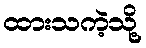
ထားသကဲ့သို့